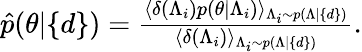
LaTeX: \begin{array}{r}{\hat{p}(\theta|\{ d\} )=\frac{\langle\delta(\Lambda_{i})p(\theta|\Lambda_{i})\rangle_{\Lambda_{i}\sim p(\Lambda|\{ d\} )}}{\langle\delta(\Lambda_{i})\rangle_{\Lambda_{i}\sim p(\Lambda|\{ d\} )}}.}\end{array}